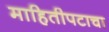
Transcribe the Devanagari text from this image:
माहितीपटाचा